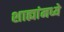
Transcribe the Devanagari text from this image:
शाह्यांमध्ये